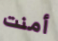
أمنت